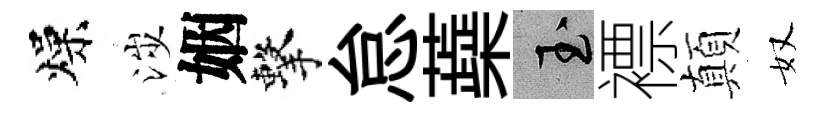
燥涉姻擊怠蘃玉褾顛奴